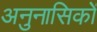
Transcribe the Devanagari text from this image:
अनुनासिकों